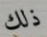
ذلك